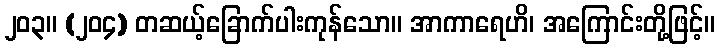
၂၀၃။ (၂၀၄) တဆယ့်ခြောက်ပါးကုန်သော။ အာကာရေဟိ၊ အကြောင်းတို့ဖြင့်။